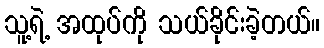
သူ့ရဲ့ အထုပ်ကို သယ်ခိုင်းခဲ့တယ်။